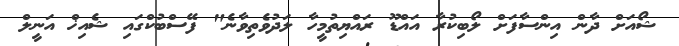
ޝޯއަށް ދާން އިންސާފަށް ލޯބިކުރާ އައްޑޫ ރައްޔިތުމީހާ ލަދުވެތިވާނެ" ފޭސްބުކްގައި ޝެއިޚް އަނީލް